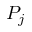
P _ { j }